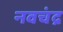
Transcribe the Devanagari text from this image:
नवचंद्र